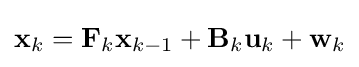
\mathbf {x} _{k}=\mathbf {F} _{k}\mathbf {x} _{k-1}+\mathbf {B} _{k}\mathbf {u} _{k}+\mathbf {w} _{k}